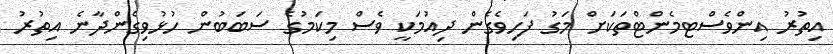
އިތުރު އިންވެސްޓމެންޓްތަކަށް މަގު ފަހިވެގެން ދިއުމަކީ ވެސް މިކަމުގެ ސަބަބުން ހުޅުވިގެންދާނެ އިތުރު